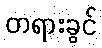
တရားခွင်